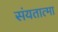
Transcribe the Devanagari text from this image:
संयतात्मा